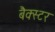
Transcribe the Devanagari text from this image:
बैक्स्टर